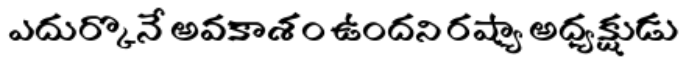
ఎదుర్కొనే అవకాశం ఉందని రష్యా అధ్యక్షుడు